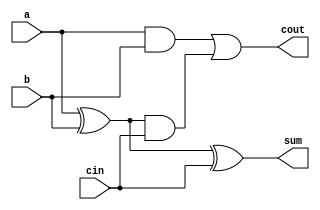
`timescale 1ns / 1ps

module FullAdder(a, b, cin, sum, cout);

input a, b, cin;
output reg sum, cout;

always @(*) begin
    sum = a^b^cin;
    cout = (a&b)|((a^b)&cin);
end

endmodule